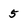
Character: 5